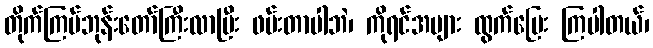
တိုက်ကြပ်ဘုန်းတော်ကြီးလာပြီး ဖမ်းတာပါဘဲ၊ ကိုရင်အများ ထွက်ပြေး ကြပါတယ်၊